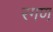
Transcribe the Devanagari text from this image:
रगण